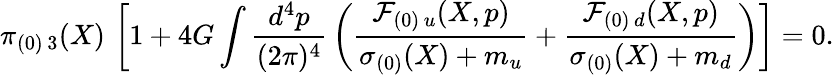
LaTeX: \pi_{(0)\, 3}(X)\, \left[1+4G\int{\frac{d^{4}p}{(2\pi)^{4}}}\left({\frac{{\cal F}_{(0)\, u}(X,p)}{\sigma_{(0)}(X)+m_{u}}}+{\frac{{\cal F}_{(0)\, d}(X,p)}{\sigma_{(0)}(X)+m_{d}}}\right)\right]=0.